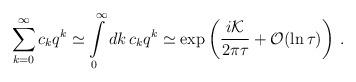
LaTeX: \begin{align*}\sum\limits_{k=0}^{\infty }c_{k}q^{k}\simeq \int\limits_{0}^{\infty}dk\,c_{k}q^{k}\simeq \exp \left( \frac{i{\cal K}}{2\pi \tau }+{\cal O}(\ln\tau )\right) \,.\end{align*}